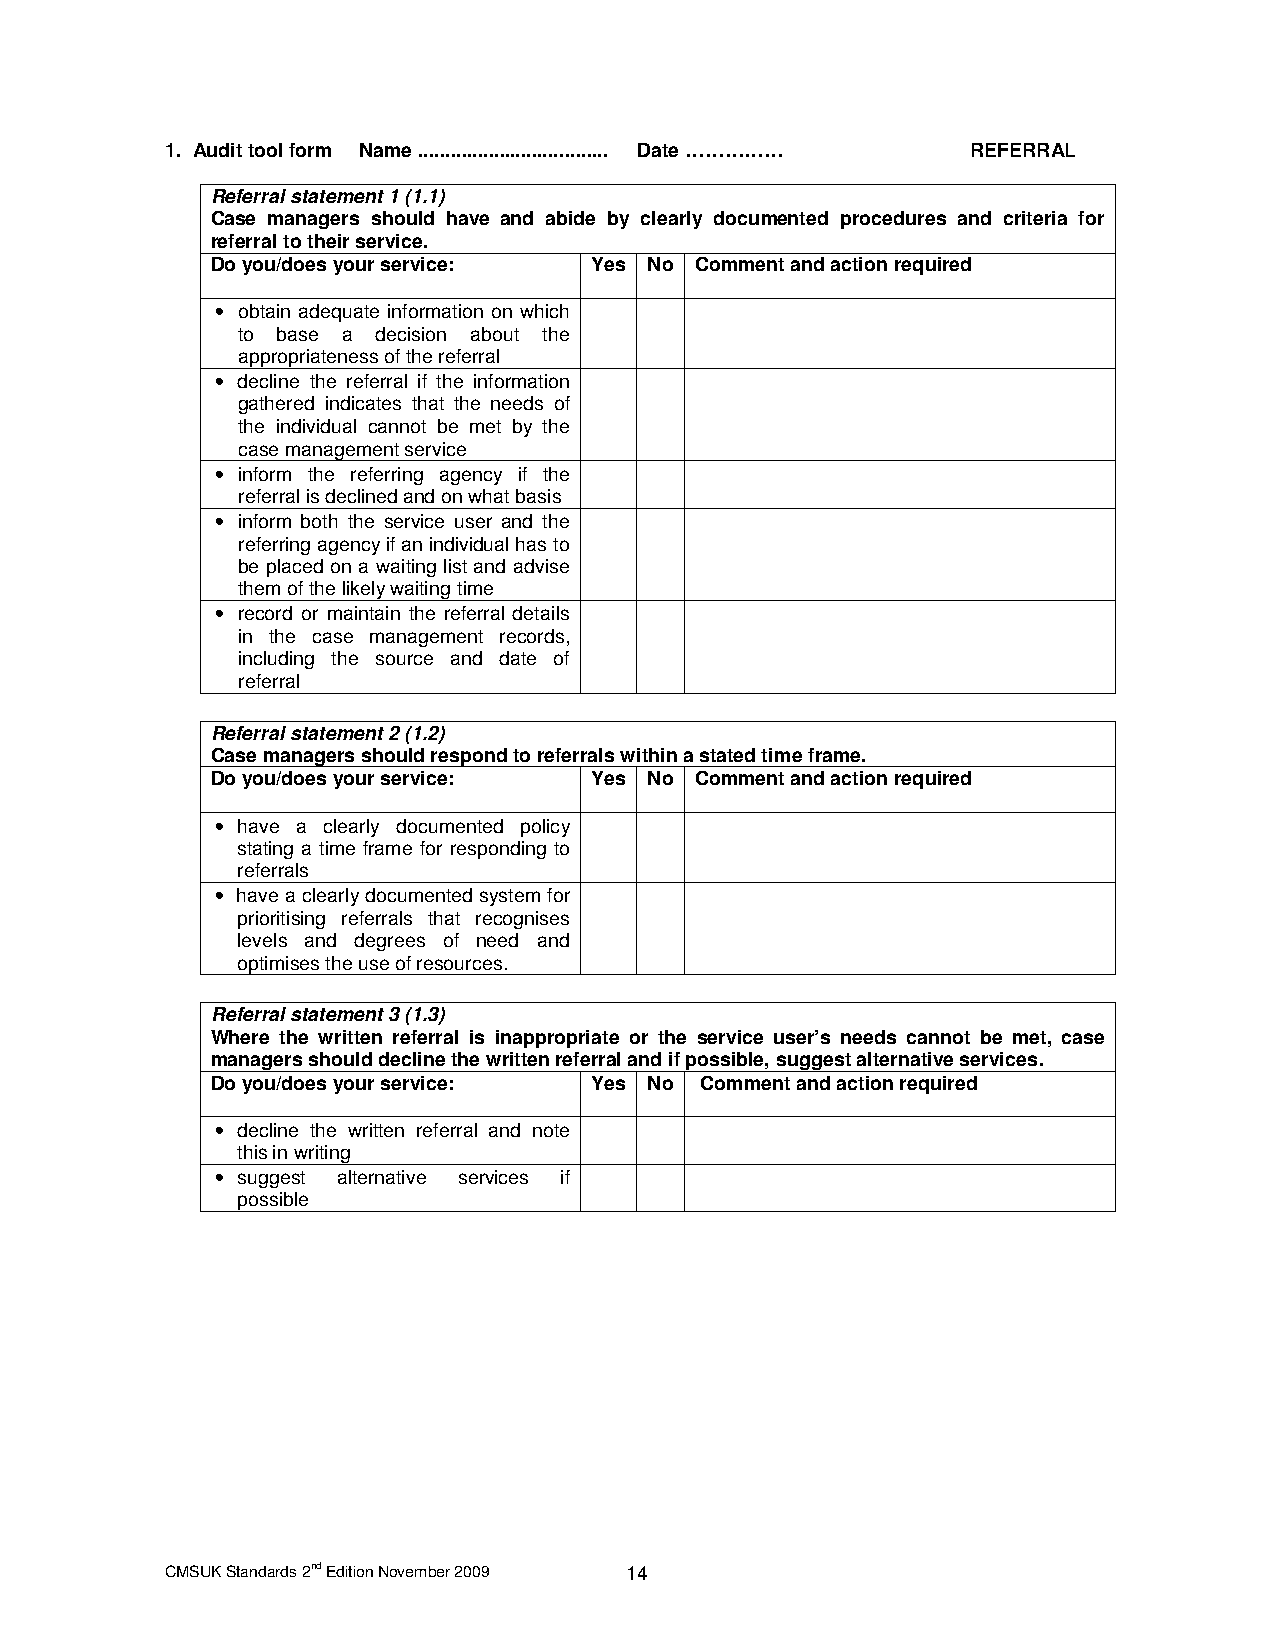
1. Audit tool form Name ................................... Date …………… REFERRAL
 Referral statement 1 (1.1)
 Case managers should have and abide by clearly documented procedures and criteria for
 referral to their service.
 Do you/does your service: Yes No Comment and action required
 • obtain adequate information on which
 to base a decision about the
 appropriateness of the referral
 • decline the referral if the information
 gathered indicates that the needs of
 the individual cannot be met by the
 case management service
 • inform the referring agency if the
 referral is declined and on what basis
 • inform both the service user and the
 referring agency if an individual has to
 be placed on a waiting list and advise
 them of the likely waiting time
 • record or maintain the referral details
 in the case management records,
 including the source and date of
 referral
 Referral statement 2 (1.2)
 Case managers should respond to referrals within a stated time frame.
 Do you/does your service: Yes No Comment and action required
 • have a clearly documented policy
 stating a time frame for responding to
 referrals
 • have a clearly documented system for
 prioritising referrals that recognises
 levels and degrees of need and
 optimises the use of resources.
 Referral statement 3 (1.3)
 Where the written referral is inappropriate or the service user’s needs cannot be met, case
 managers should decline the written referral and if possible, suggest alternative services.
 Do you/does your service: Yes No Comment and action required
 • decline the written referral and note
 this in writing
 • suggest alternative services if
 possible
 CMSUK Standards 2nd Edition November 2009 14